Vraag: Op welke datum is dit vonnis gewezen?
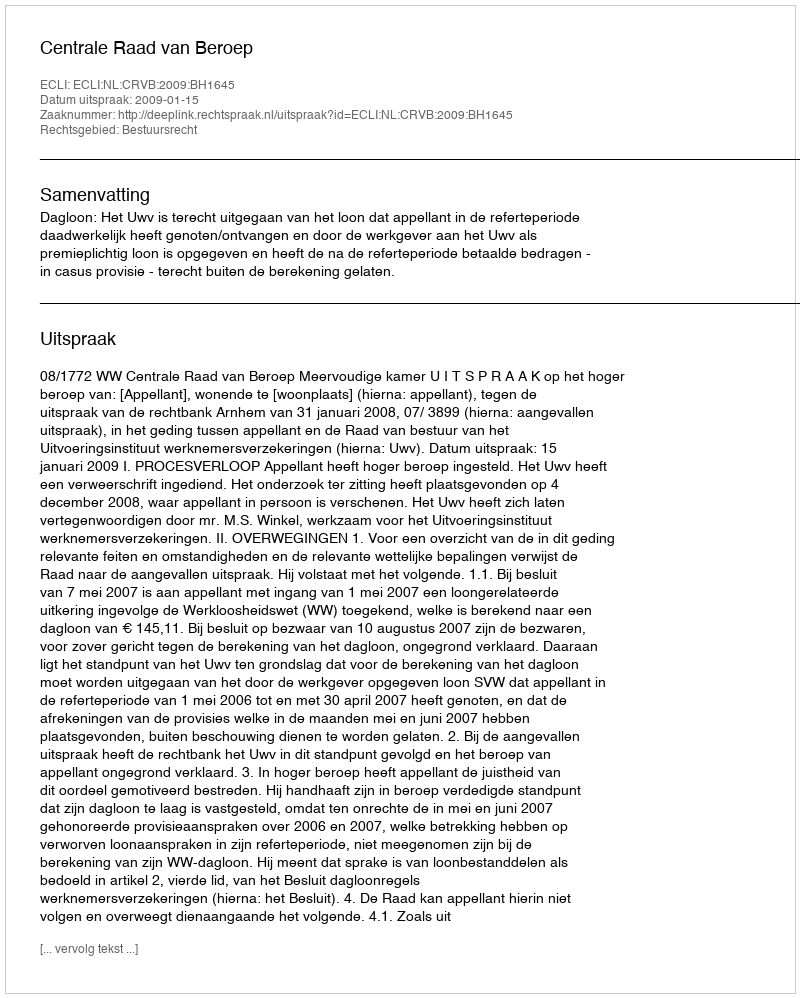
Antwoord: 2009-01-15